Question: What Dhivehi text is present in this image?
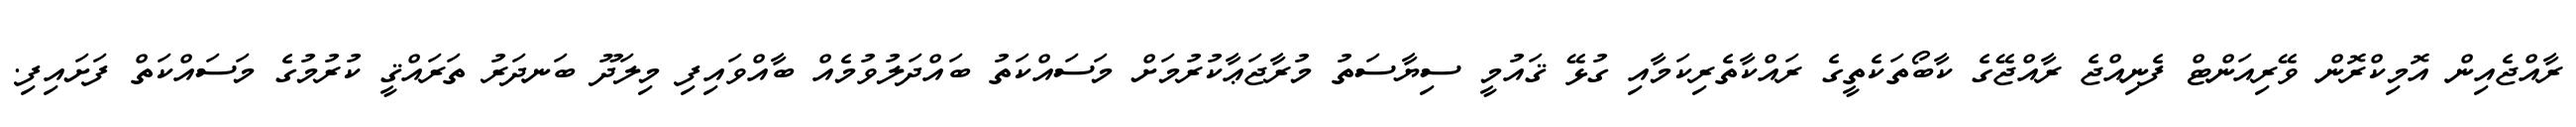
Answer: ރާއްޖެއިން އޮމިކްރޮން ވޭރިއަންޓް ފެނިއްޖެ ރާއްޖޭގެ ކާބޯތަކެތީގެ ރައްކާތެރިކަމާއި ގުޅޭ ޤައުމީ ސިޔާސަތު މުރާޖަޢާކުރުމަށް މަސައްކަތު ބައްދަލުވުމެއް ބާއްވައިފި މިލަދޫ ބަނދަރު ތަރައްޤީ ކުރުމުގެ މަސައްކަތް ފަށައިފި.